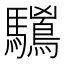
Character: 𱄻